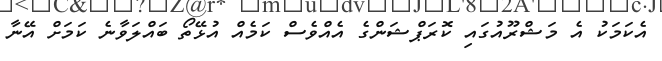
އެކަމަކު އެ މަޝްރޫއުގައި ކޮރަޕްޝަންގެ އެއްވެސް ކަމެއް އުޅޭތޯ ބައްލަވާނެ ކަމަށް އޭނާ